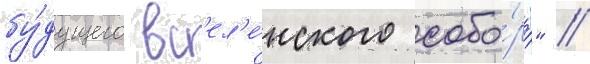
бу́дущего вс'ел'е́нского собо́ра" //